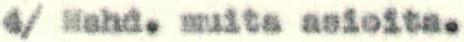
4/ Mahd. muita asioita.